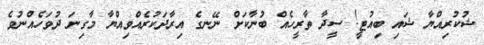
ޝުކުރިއްޔާ ޝައި ބިއުޓީ! ސީދާ ތާރީހެއް ބުނާކަށް ނޭނގެ އިރާދަކުރެއްވިއްޔާ މާގިނަ ދުވަހެއްނުވެ